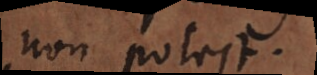
non potest.